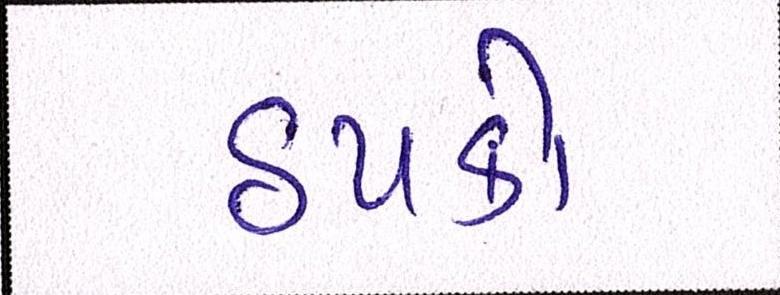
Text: ઠપકો